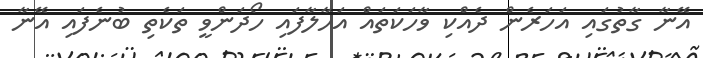
އޭނާ ގާތުގައި އަހަރެން ދެއްކި ވާހަކަތައް އަހާލާފައި ހޯދަންވީ ތަކެތި ބުނެފައި އޭނާ